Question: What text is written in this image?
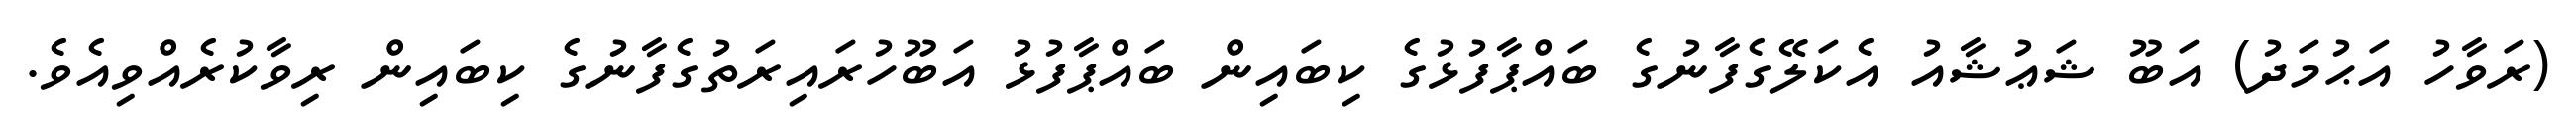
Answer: (ރަވާހު އަޙުމަދު) އަބޫ ޝަޢުޝާއު އެކަލޭގެފާނުގެ ބައްޕާފުޅުގެ ކިބައިން ބައްޕާފުޅު އަބޫހުރައިރަތުގެފާނުގެ ކިބައިން ރިވާކުރެއްވިއެވެ.